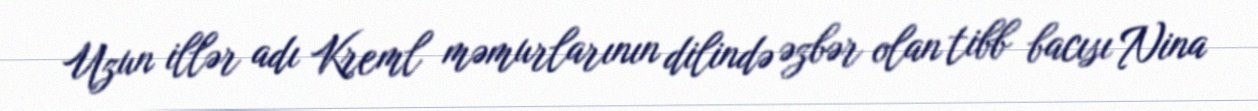
Uzun illər adı Kreml məmurlarının dilində əzbər olan tibb bacısı Nina